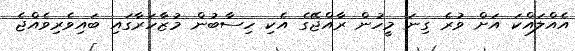
އެއްލައްކަ އަށް ވުރެ ގިނަ މީހުން ރާއްޖޭގެ އެކި ހިސާބުން މުޒާހަރާގައި ބައިވެރިވެއްޖެ